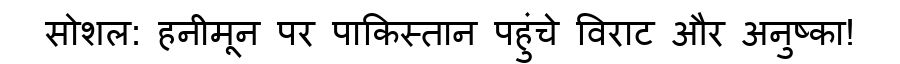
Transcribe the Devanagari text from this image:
सोशल: हनीमून पर पाकिस्तान पहुंचे विराट और अनुष्का!